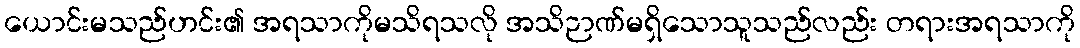
ယောင်းမသည်ဟင်း၏ အရသာကိုမသိရသလို အသိဉာဏ်မရှိသောသူသည်လည်း တရားအရသာကို